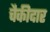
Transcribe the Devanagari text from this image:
चैकीदार